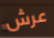
عرش